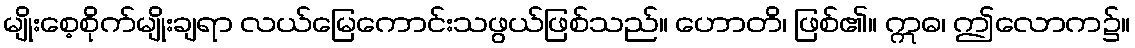
မျိုးစေ့စိုက်မျိုးချရာ လယ်မြေကောင်းသဖွယ်ဖြစ်သည်။ ဟောတိ၊ ဖြစ်၏။ ဣဓ၊ ဤလောက၌။